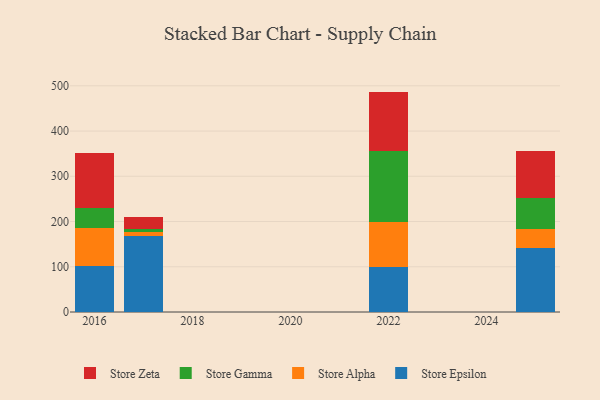
{"axis": {"x": "Year", "y": "Satisfaction Score"}, "legend": ["Store Alpha", "Store Epsilon", "Store Gamma", "Store Zeta"], "data": [{"x": "2016", "y": 101.6, "type": "Store Epsilon"}, {"x": "2016", "y": 83.0, "type": "Store Alpha"}, {"x": "2016", "y": 45.7, "type": "Store Gamma"}, {"x": "2016", "y": 120.6, "type": "Store Zeta"}, {"x": "2022", "y": 99.4, "type": "Store Epsilon"}, {"x": "2022", "y": 98.9, "type": "Store Alpha"}, {"x": "2022", "y": 157.6, "type": "Store Gamma"}, {"x": "2022", "y": 131.3, "type": "Store Zeta"}, {"x": "2017", "y": 168.7, "type": "Store Epsilon"}, {"x": "2017", "y": 8.1, "type": "Store Alpha"}, {"x": "2017", "y": 6.5, "type": "Store Gamma"}, {"x": "2017", "y": 26.5, "type": "Store Zeta"}, {"x": "2025", "y": 141.8, "type": "Store Epsilon"}, {"x": "2025", "y": 41.6, "type": "Store Alpha"}, {"x": "2025", "y": 68.7, "type": "Store Gamma"}, {"x": "2025", "y": 104.1, "type": "Store Zeta"}]}